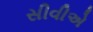
સીવીએ